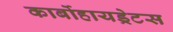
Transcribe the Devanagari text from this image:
कार्बोहायड्रेटस